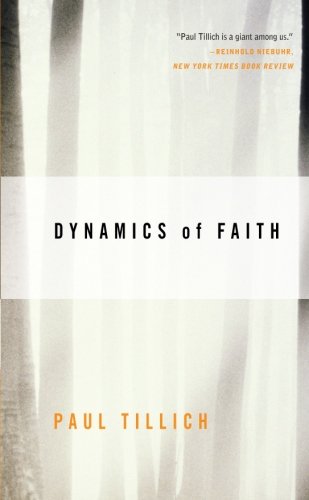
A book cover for Dynamics of Faith (Perennial Classics); Paul Tillich; Politics & Social Sciences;